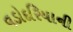
વડોદરિયાની